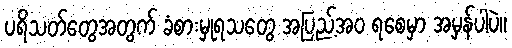
ပရိသတ်တွေအတွက် ခံစားမှုရသတွေ အပြည့်အဝ ရစေမှာ အမှန်ပါပဲ။